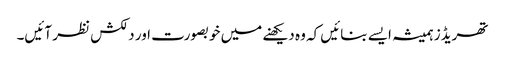
تھریڈز ہمیشہ ایسے بنائیں کہ وہ دیکھنے میں خوبصورت اور دلکش نظر آئیں۔